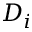
D _ { i }